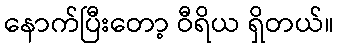
နောက်ပြီးတော့ ဝီရိယ ရှိတယ်။